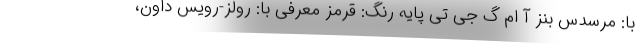
با: مرسدس بنز آ ام گ جی تی پایه رنگ: قرمز معرفی با: رولز-رویس داون،